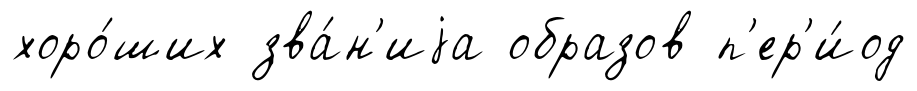
хоро́ших зва́н'иjа образов п'ер'и́од